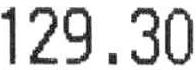
129.30